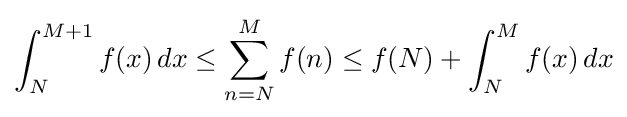
\int _{N}^{M+1}f(x)\,dx\leq \sum _{n=N}^{M}f(n)\leq f(N)+\int _{N}^{M}f(x)\,dx